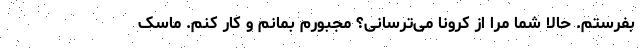
بفرستم. حالا شما مرا از کرونا می‌ترسانی؟ مجبورم بمانم و کار کنم. ماسک